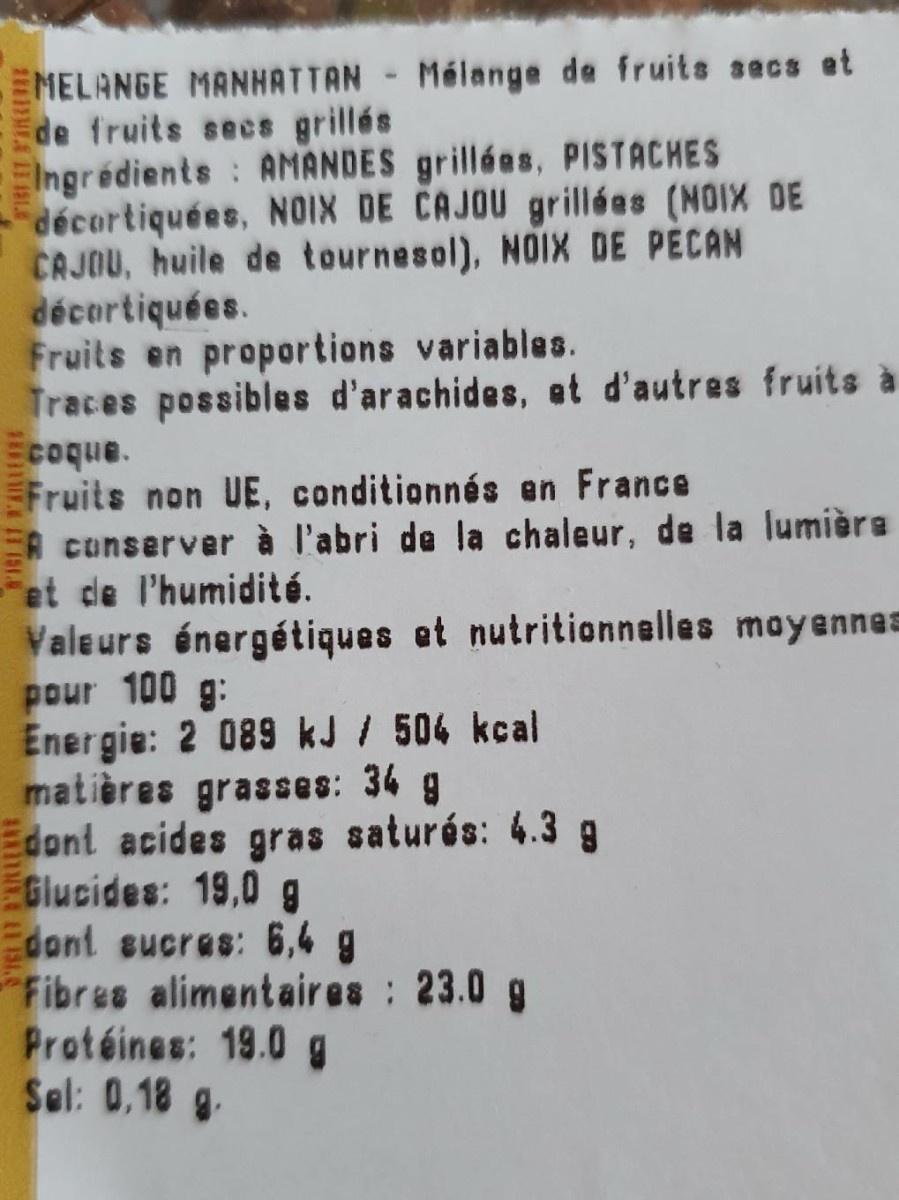
MELANGE MANHATTAN - Mélange de fruits secs et Ede fruits secs grillés Ingrédients : AMANDES grillées, PISTACHES décortiquées, NOIX DE CAJOU grillées (NOIX DE CAJOU, huile de tournesol), NOIX DE PECAN décortiquées. Fruits en proportions variables. Traces possibles d'arachides, et d'autres fruits à Ecoque. Fruits non UE, conditionnés en France EA cunserver à l'abri de la chaleur, de la lumièra Fet de l'humidité. Valeurs énergétiques et nutritionnelles mayennes pour 100 g: Energie: 2 089 kJ / 504 kcal matières grasses: 34 g Edont acides gras saturós: 4.3 g Glucides: 19,0g Edont sucras: 6,4 g Fibres alimentaires : 23.0 g Protéines: 19.0g Sel: 0,18 g.